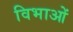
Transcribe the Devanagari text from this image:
विभाओं